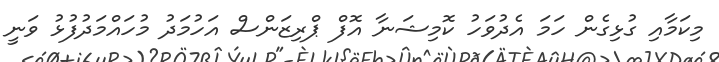
މިކަމާއި ގުޅިގެން ހަމަ އެދުވަހު ކޮމިޝަނާ އޮފް ޕްރިޒަންސް އަހުމަދު މުހައްމަދުފުޅު ވަނީ